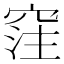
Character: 𥦠